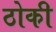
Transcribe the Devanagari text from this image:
ठोकी